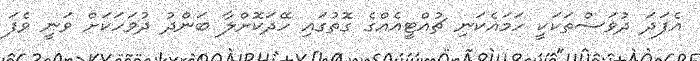
އެފަދަ ދުވަސްތަކަކީ ހަމައެކަނި ޗުއްޓީއެއްގެ ގޮތުގައި ހޭދަކޮށްލާ ބަންދު ދުވަހަކަށް ވަނީ ވެފަ